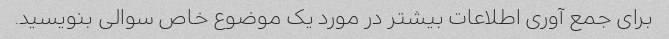
برای جمع آوری اطلاعات بیشتر در مورد یک موضوع خاص سوالی بنویسید.